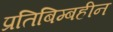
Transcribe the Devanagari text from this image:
प्रतिबिम्बहीन